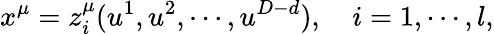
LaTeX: x^{\mu}=z_{i}^{\mu}(u^{1},u^{2},\cdots,u^{D-d}),\quad i=1,\cdots,l,